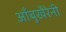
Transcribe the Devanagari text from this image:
आँबुखैरेनी